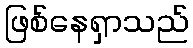
ဖြစ်နေရှာသည်